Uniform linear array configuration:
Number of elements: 24
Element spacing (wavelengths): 1
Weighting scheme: hann
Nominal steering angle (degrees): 60
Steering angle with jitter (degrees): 61.092
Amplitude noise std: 0.05
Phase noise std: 0.05

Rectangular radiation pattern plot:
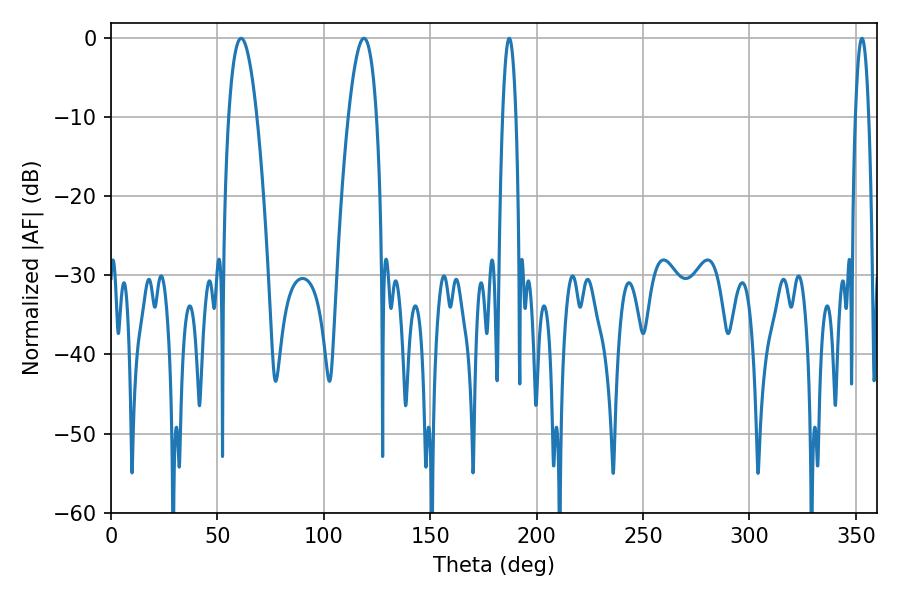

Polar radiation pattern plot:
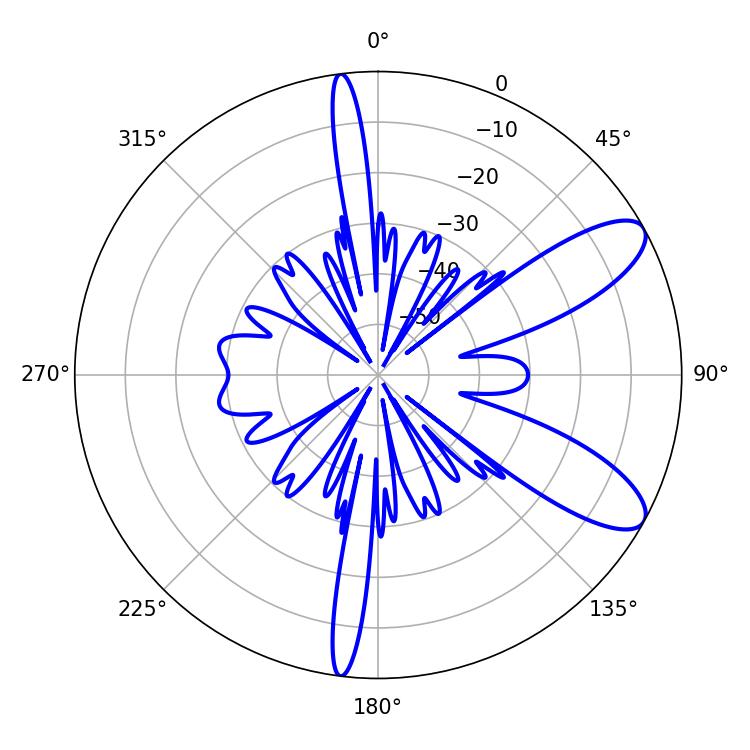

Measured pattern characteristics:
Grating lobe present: TRUE
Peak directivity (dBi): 9.506
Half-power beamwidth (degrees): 7.2
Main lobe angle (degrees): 61.2